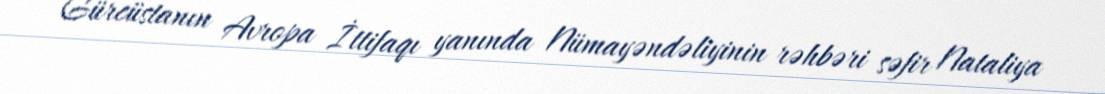
Gürcüstanın Avropa İttifaqı yanında Nümayəndəliyinin rəhbəri səfir Nataliya